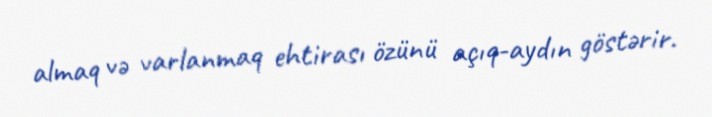
almaq və varlanmaq ehtirası özünü açıq-aydın göstərir.